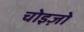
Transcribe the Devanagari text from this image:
चोइज़ो